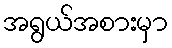
အရွယ်အစားမှာ